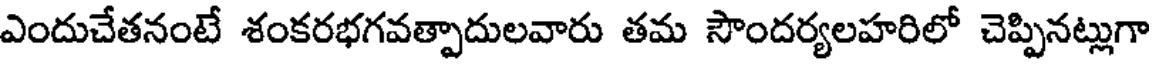
ఎందుచేతనంటే శంకరభగవత్పాదులవారు తమ సౌందర్యలహరిలో చెప్పినట్లుగా